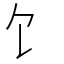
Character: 饣